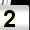
Digit: 2